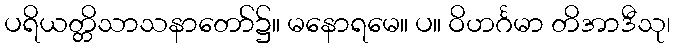
ပရိယတ္တိသာသနာတော်၌။ မနောရမေ။ ပ။ ဝိဟင်္ဂမာ တိအာဒီသု၊